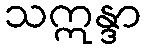
သဣန္ဒာ